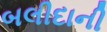
બલીદાની